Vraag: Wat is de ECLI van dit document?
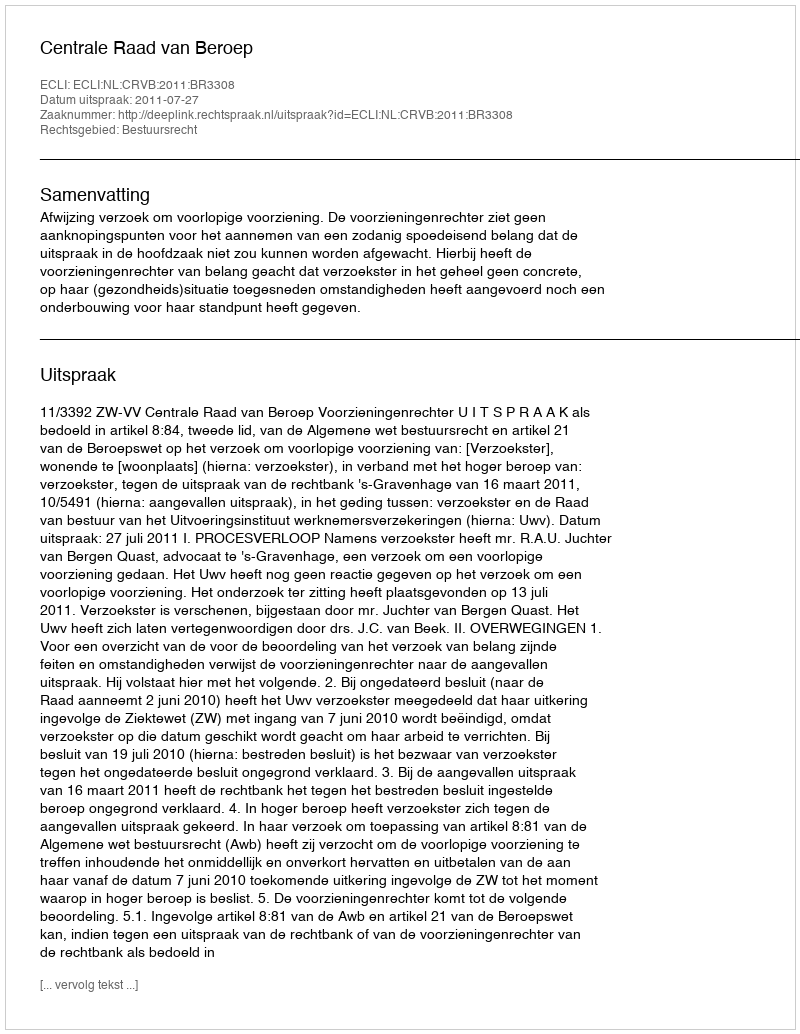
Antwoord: ECLI:NL:CRVB:2011:BR3308